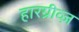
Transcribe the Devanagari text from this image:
हारग्रीव्ज़